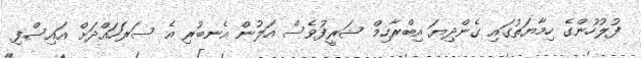
ފުލުހުންގެ ހިމާޔަތުގައި ގެންދިޔަ އިބްރާހިމް ޝަރީފުވެސް އަލުން އެނބުރި އެ ސަރަހައްދަށް އައިސްފި